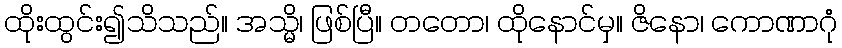
ထိုးထွင်း၍သိသည်။ အသ္မိ၊ ဖြစ်ပြီ။ တတော၊ ထိုနောင်မှ။ ဇိနော၊ ကောဏာဂုံ